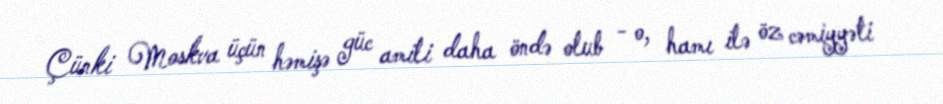
Çünki Moskva üçün həmişə güc amili daha öndə olub - o, hamı ilə öz cəmiyyəti